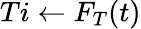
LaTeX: Ti\gets F_{T}(t)